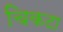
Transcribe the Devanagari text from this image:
चिकटा